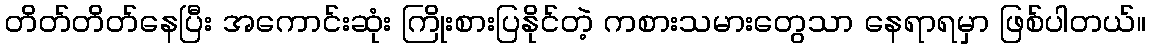
တိတ်တိတ်နေပြီး အကောင်းဆုံး ကြိုးစားပြနိုင်တဲ့ ကစားသမားတွေသာ နေရာရမှာ ဖြစ်ပါတယ်။